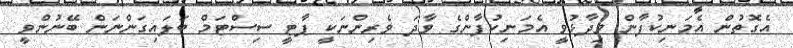
އެގޮތުން އެމަނިކުފާން ވިދާޅުވީ އެމަނިކުފާންގެ ވާދަ ވެރިންނަކީ ޕާޓީ ސިސްޓަމް ބަލައިގަންނަން ބޭނުންވީ